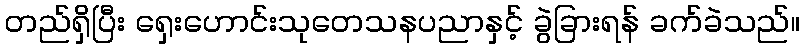
တည်ရှိပြီး ရှေးဟောင်းသုတေသနပညာနှင့် ခွဲခြားရန် ခက်ခဲသည်။